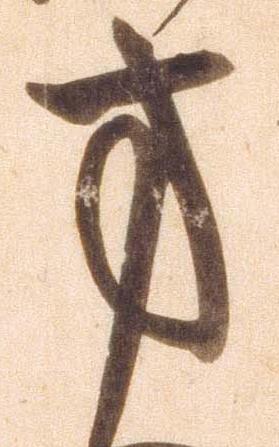
方